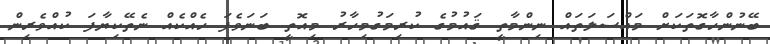
ބޭނުންހާގޮތަކަށް މައްސަލަތައް ނިންމާތީ ޤައުމުގެ ކުރިމަގުމިހާރު މިއޮތީ ބަނަވެފަ ހެއްކެއް ނެތޭކިޔާފަ ކުއްވެރިން